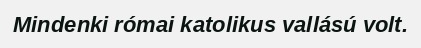
Mindenki római katolikus vallású volt.